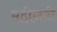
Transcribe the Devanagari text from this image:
महीनदी